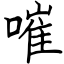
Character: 嗺